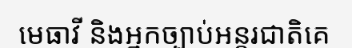
មេធាវី និងអ្នកច្បាប់អន្តរជាតិគេ